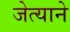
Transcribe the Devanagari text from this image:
जेत्याने